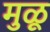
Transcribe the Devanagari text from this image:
मुळू